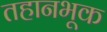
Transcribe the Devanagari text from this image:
तहानभूक